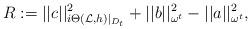
LaTeX: \begin{align*} R:=||c||^2_{i\Theta(\mathcal L,h)|_{D_t}}+||b||^2_{\omega^t}-||a||^2_{\omega^t},\end{align*}